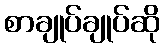
စာချုပ်ချုပ်ဆို